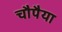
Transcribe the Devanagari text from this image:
चौपैया